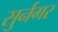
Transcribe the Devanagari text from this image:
सुर्नगर